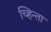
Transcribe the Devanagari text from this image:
च्हिन्ता